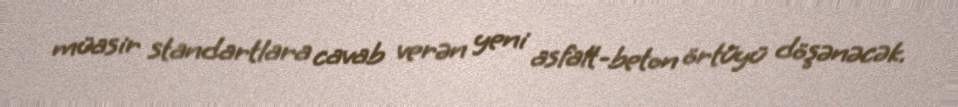
müasir standartlara cavab verən yeni asfalt-beton örtüyü döşənəcək.